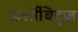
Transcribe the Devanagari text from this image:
डर्शोविट्ज़